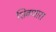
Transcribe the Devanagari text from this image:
शिवणारा